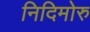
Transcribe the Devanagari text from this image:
निदिमोरु